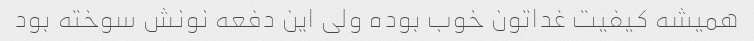
همیشه کیفیت غداتون خوب بوده ولی این دفعه نونش سوخته بود